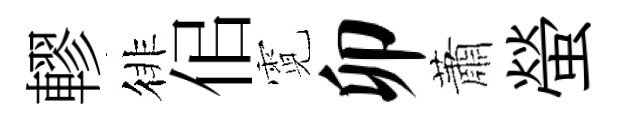
轇徘佀霓卯蕭螢